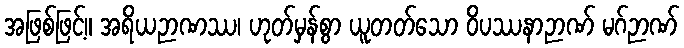
အဖြစ်ဖြင့်။ အရိယဉာဏဿ၊ ဟုတ်မှန်စွာ ယူတတ်သော ဝိပဿနာဉာဏ် မဂ်ဉာဏ်